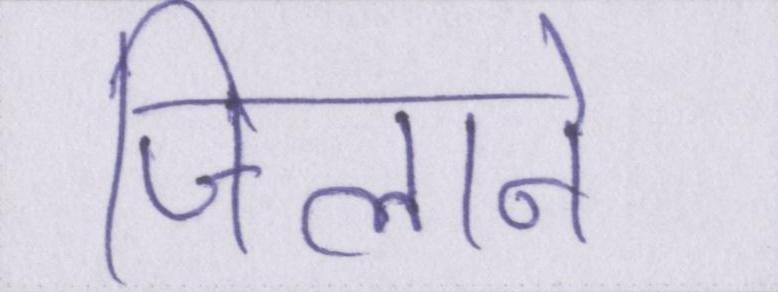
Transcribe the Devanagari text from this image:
जिलाने